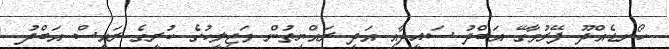
ހޯނޑެއްދޫ ފޭރުމާގޭ އަބްދު ސައީދާއި އަދި ރައްޔިތުން މަޖިލީހުގެ ކުރީގެ ރައީސް އަބްދު